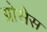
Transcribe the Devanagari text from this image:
ग्रोसेस